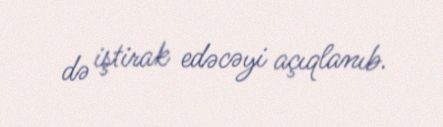
də iştirak edəcəyi açıqlanıb.